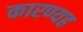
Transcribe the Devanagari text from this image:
कारण्यह